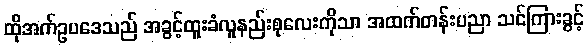
ထိုအက်ဥပဒေသည် အခွင့်ထူးခံလူနည်းစုလေးကိုသာ အထက်တန်းပညာ သင်ကြားခွင့်